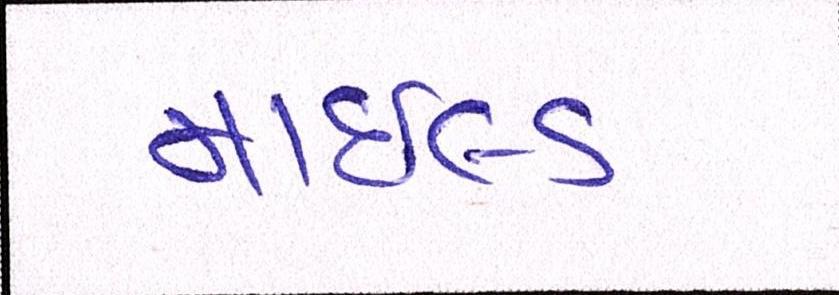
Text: માઇલ્ડ